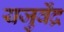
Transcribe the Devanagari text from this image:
यजुर्वेंद्र